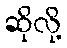
ဆိုလို့